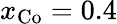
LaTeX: x_{\mathrm{{Co}}}=0.4